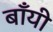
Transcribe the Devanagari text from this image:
बॉंयी